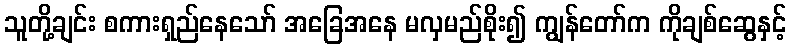
သူတို့ချင်း စကားရှည်နေသော် အခြေအနေ မလှမည်စိုး၍ ကျွန်တော်က ကိုချစ်ဆွေနှင့်